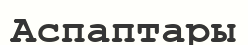
Аспаптары